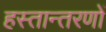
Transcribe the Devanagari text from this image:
हस्तान्तरणों